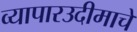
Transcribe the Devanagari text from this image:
व्यापारउदीमाचे